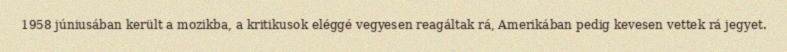
1958 júniusában került a mozikba, a kritikusok eléggé vegyesen reagáltak rá, Amerikában pedig kevesen vettek rá jegyet.